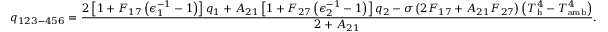
q _ { 1 2 3 - 4 5 6 } = \frac { 2 \left[ 1 + F _ { 1 7 } \left( \epsilon _ { 1 } ^ { - 1 } - 1 \right) \right] q _ { 1 } + A _ { 2 1 } \left[ 1 + F _ { 2 7 } \left( \epsilon _ { 2 } ^ { - 1 } - 1 \right) \right] q _ { 2 } - \sigma \left( 2 F _ { 1 7 } + A _ { 2 1 } F _ { 2 7 } \right) \left( T _ { \mathrm { h } } ^ { 4 } - T _ { \mathrm { a m b } } ^ { 4 } \right) } { 2 + A _ { 2 1 } } { . }